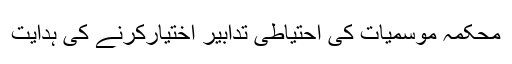
محکمہ موسمیات کی احتیاطی تدابیر اختیارکرنے کی ہدایت